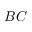
B C